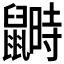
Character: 𪕵